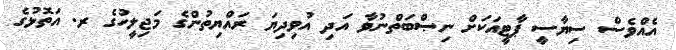
އެއްވެސް ސިޔާސީ ޕާޓީއަކަށް ނިޞްބަތްނުވާ އަދި އުވިދިޔަ ރައްޔިތުންގެ މަޖިލީހުގެ ރ. އަތޮޅުގެ